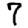
Digit: 7